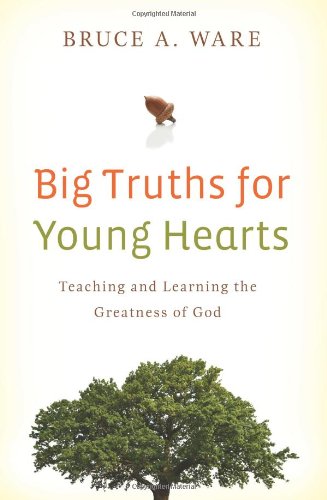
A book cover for Big Truths for Young Hearts: Teaching and Learning the Greatness of God; Bruce A. Ware; Christian Books & Bibles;